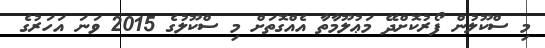
މި ސްކޫލުން ފޯރުކޮށްދޭ މަޢުލޫމާތާ އެއްގޮތަށް މި ސްކޫލުގެ 2015 ވަނަ އަހަރުގެ